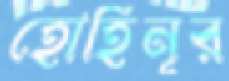
হোহিনূর